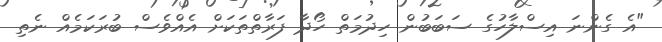
"އެ ގެންނަ އިސްލާހުގެ ސަބަބުން ހިދުމަތް ހޯދާ ފަރާތްތަކަށް އެއްވެސް ބުރަކަމެއް ނެތި